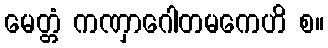
မေတ္တံ ကဏှာဂေါတမကေဟိ စ။